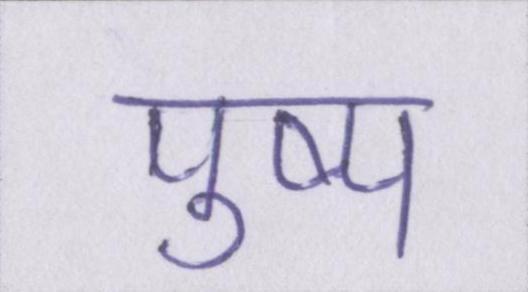
पुष्प